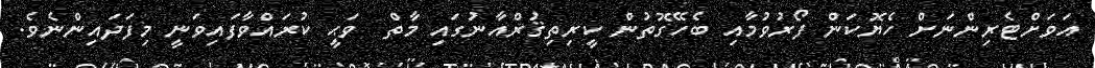
އަވަށްޓެރިންނަށް ހެޔޮކަން ފޯރުވުމާއި ބެހޭގޮތުން ކީރިތިޤުރްއާނުގައި މާތް  ވަޙީ ކުރައްވާފައިވަނީ މިފަދައިންނެވެ.